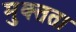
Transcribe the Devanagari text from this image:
मुक्त्तता